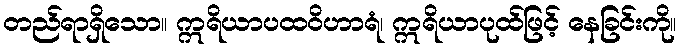
တည်ရာရှိသော။ ဣရိယာပထဝိဟာရံ၊ ဣရိယာပုထ်ဖြင့် နေခြင်းကို။